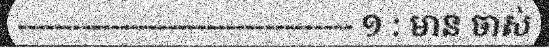
----------------------------------- ១ : មាន ចាស់